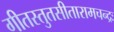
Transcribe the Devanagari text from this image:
गीतस्तुतसीतारामचन्द्रः